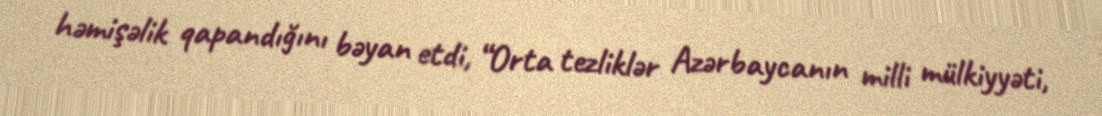
həmişəlik qapandığını bəyan etdi, “Orta tezliklər Azərbaycanın milli mülkiyyəti,